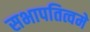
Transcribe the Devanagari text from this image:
सभापतित्वमे